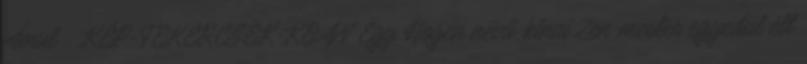
Ámul . KÉP-TEKERCSEK-KOAN Egy Hogen nevű, kínai Zen-mester egyedül élt